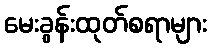
မေးခွန်းထုတ်စရာများ